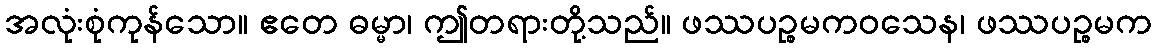
အလုံးစုံကုန်သော။ ဧတေ ဓမ္မာ၊ ဤတရားတို့သည်။ ဖဿပဉ္စမကဝသေန၊ ဖဿပဉ္စမက